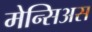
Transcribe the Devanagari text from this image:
मेन्सिअस